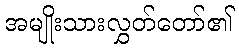
အမျိုးသားလွှတ်တော်၏